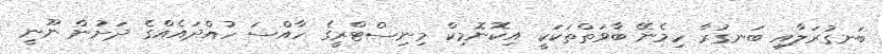
ބަނގުރަލާއި ބަނގުރާ ހިމެނޭ ބާވަތްތަކަކީ އިކޮނޮމިކް މިނިސްޓްރީގެ ހާއްސަ ހުއްދައެއްގެ ދަށުން ނޫނީ